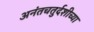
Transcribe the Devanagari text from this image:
अनंतचतुर्दशीच्या